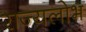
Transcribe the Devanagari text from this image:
राज्यलोभ